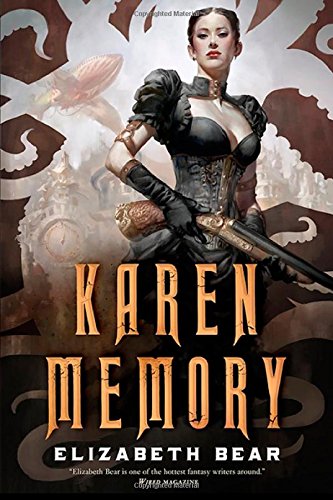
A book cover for Karen Memory; Elizabeth Bear; Science Fiction & Fantasy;